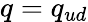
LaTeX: q=q_{ud}